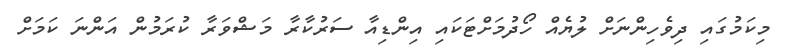
މިކަމުގައި ދިވެހިންނަށް ލުޔެއް ހޯދުމަށްޓަކައި އިންޑިއާ ސަރުކާރާ މަޝްވަރާ ކުރަމުން އަންނަ ކަމަށް